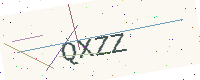
Text: QXZZ